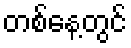
တစ်နေ့တွင်